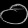
Digit: ၀